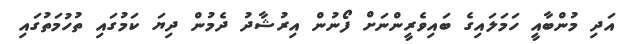
އަދި މުންބާއީ ހަމަލައިގެ ބައިވެރީންނަށް ފޯނުން އިރުޝާދު ދެމުން ދިޔަ ކަމުގައި ތުހުމަތުގައި